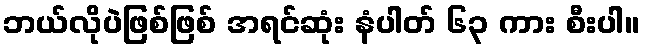
ဘယ်လိုပဲဖြစ်ဖြစ် အရင်ဆုံး နံပါတ် ၆၃ ကား စီးပါ။